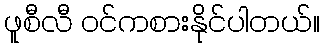
ဖူစီလီ ဝင်ကစားနိုင်ပါတယ်။